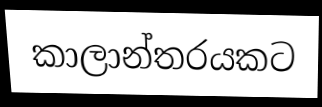
කාලාන්තරයකට